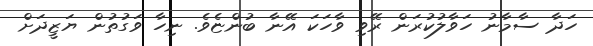
ހަދާ ސާމާނު ހަވާލުކުރަން ރޭވި ވާހަކަ އޭނާ ބުންޏެވެ. ނިހާ ވަގުތުން ޔަޒީދަށް